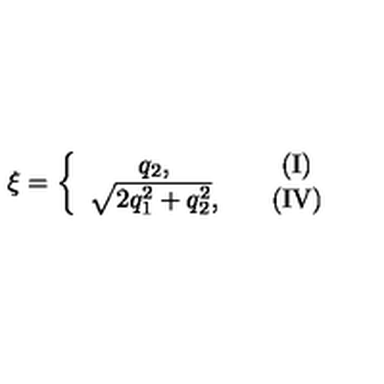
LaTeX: \xi = \left\{ \begin{array} { c c c } { q _ { 2 } , } & { } & { \mathrm { ( I ) } } \\ { \sqrt { 2 q _ { 1 } ^ { 2 } + q _ { 2 } ^ { 2 } } , } & { } & { \mathrm { ( I V ) } } \\ \end{array} \right.